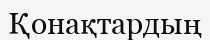
Қонақтардың